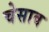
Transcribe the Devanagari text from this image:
चेसाव